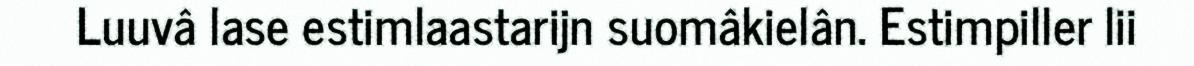
Luuvâ lase estimlaastarijn suomâkielân. Estimpiller lii